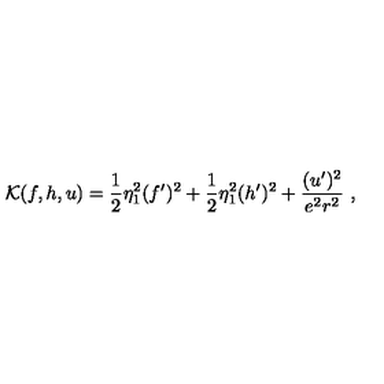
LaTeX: { \cal K } ( f , h , u ) = \frac 1 2 \eta _ { 1 } ^ { 2 } ( f ^ { \prime } ) ^ { 2 } + \frac 1 2 \eta _ { 1 } ^ { 2 } ( h ^ { \prime } ) ^ { 2 } + \frac { ( u ^ { \prime } ) ^ { 2 } } { e ^ { 2 } r ^ { 2 } } \ ,